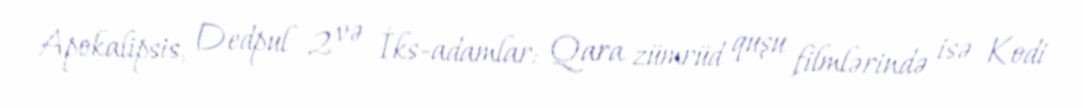
Apokalipsis, Dedpul 2 və İks-adamlar: Qara zümrüd quşu filmlərində isə Kodi